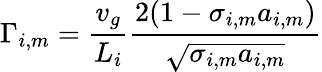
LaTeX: \Gamma_{i,m}=\frac{v_{g}}{L_{i}}\frac{2(1-\sigma_{i,m}a_{i,m})}{\sqrt{\sigma_{i,m}a_{i,m}}}